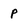
Character: p